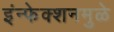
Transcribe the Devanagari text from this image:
इंन्फेक्शनमुळे